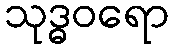
သုဒ္ဓဝရော